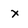
Character: x